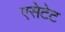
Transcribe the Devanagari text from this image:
एसेटेट